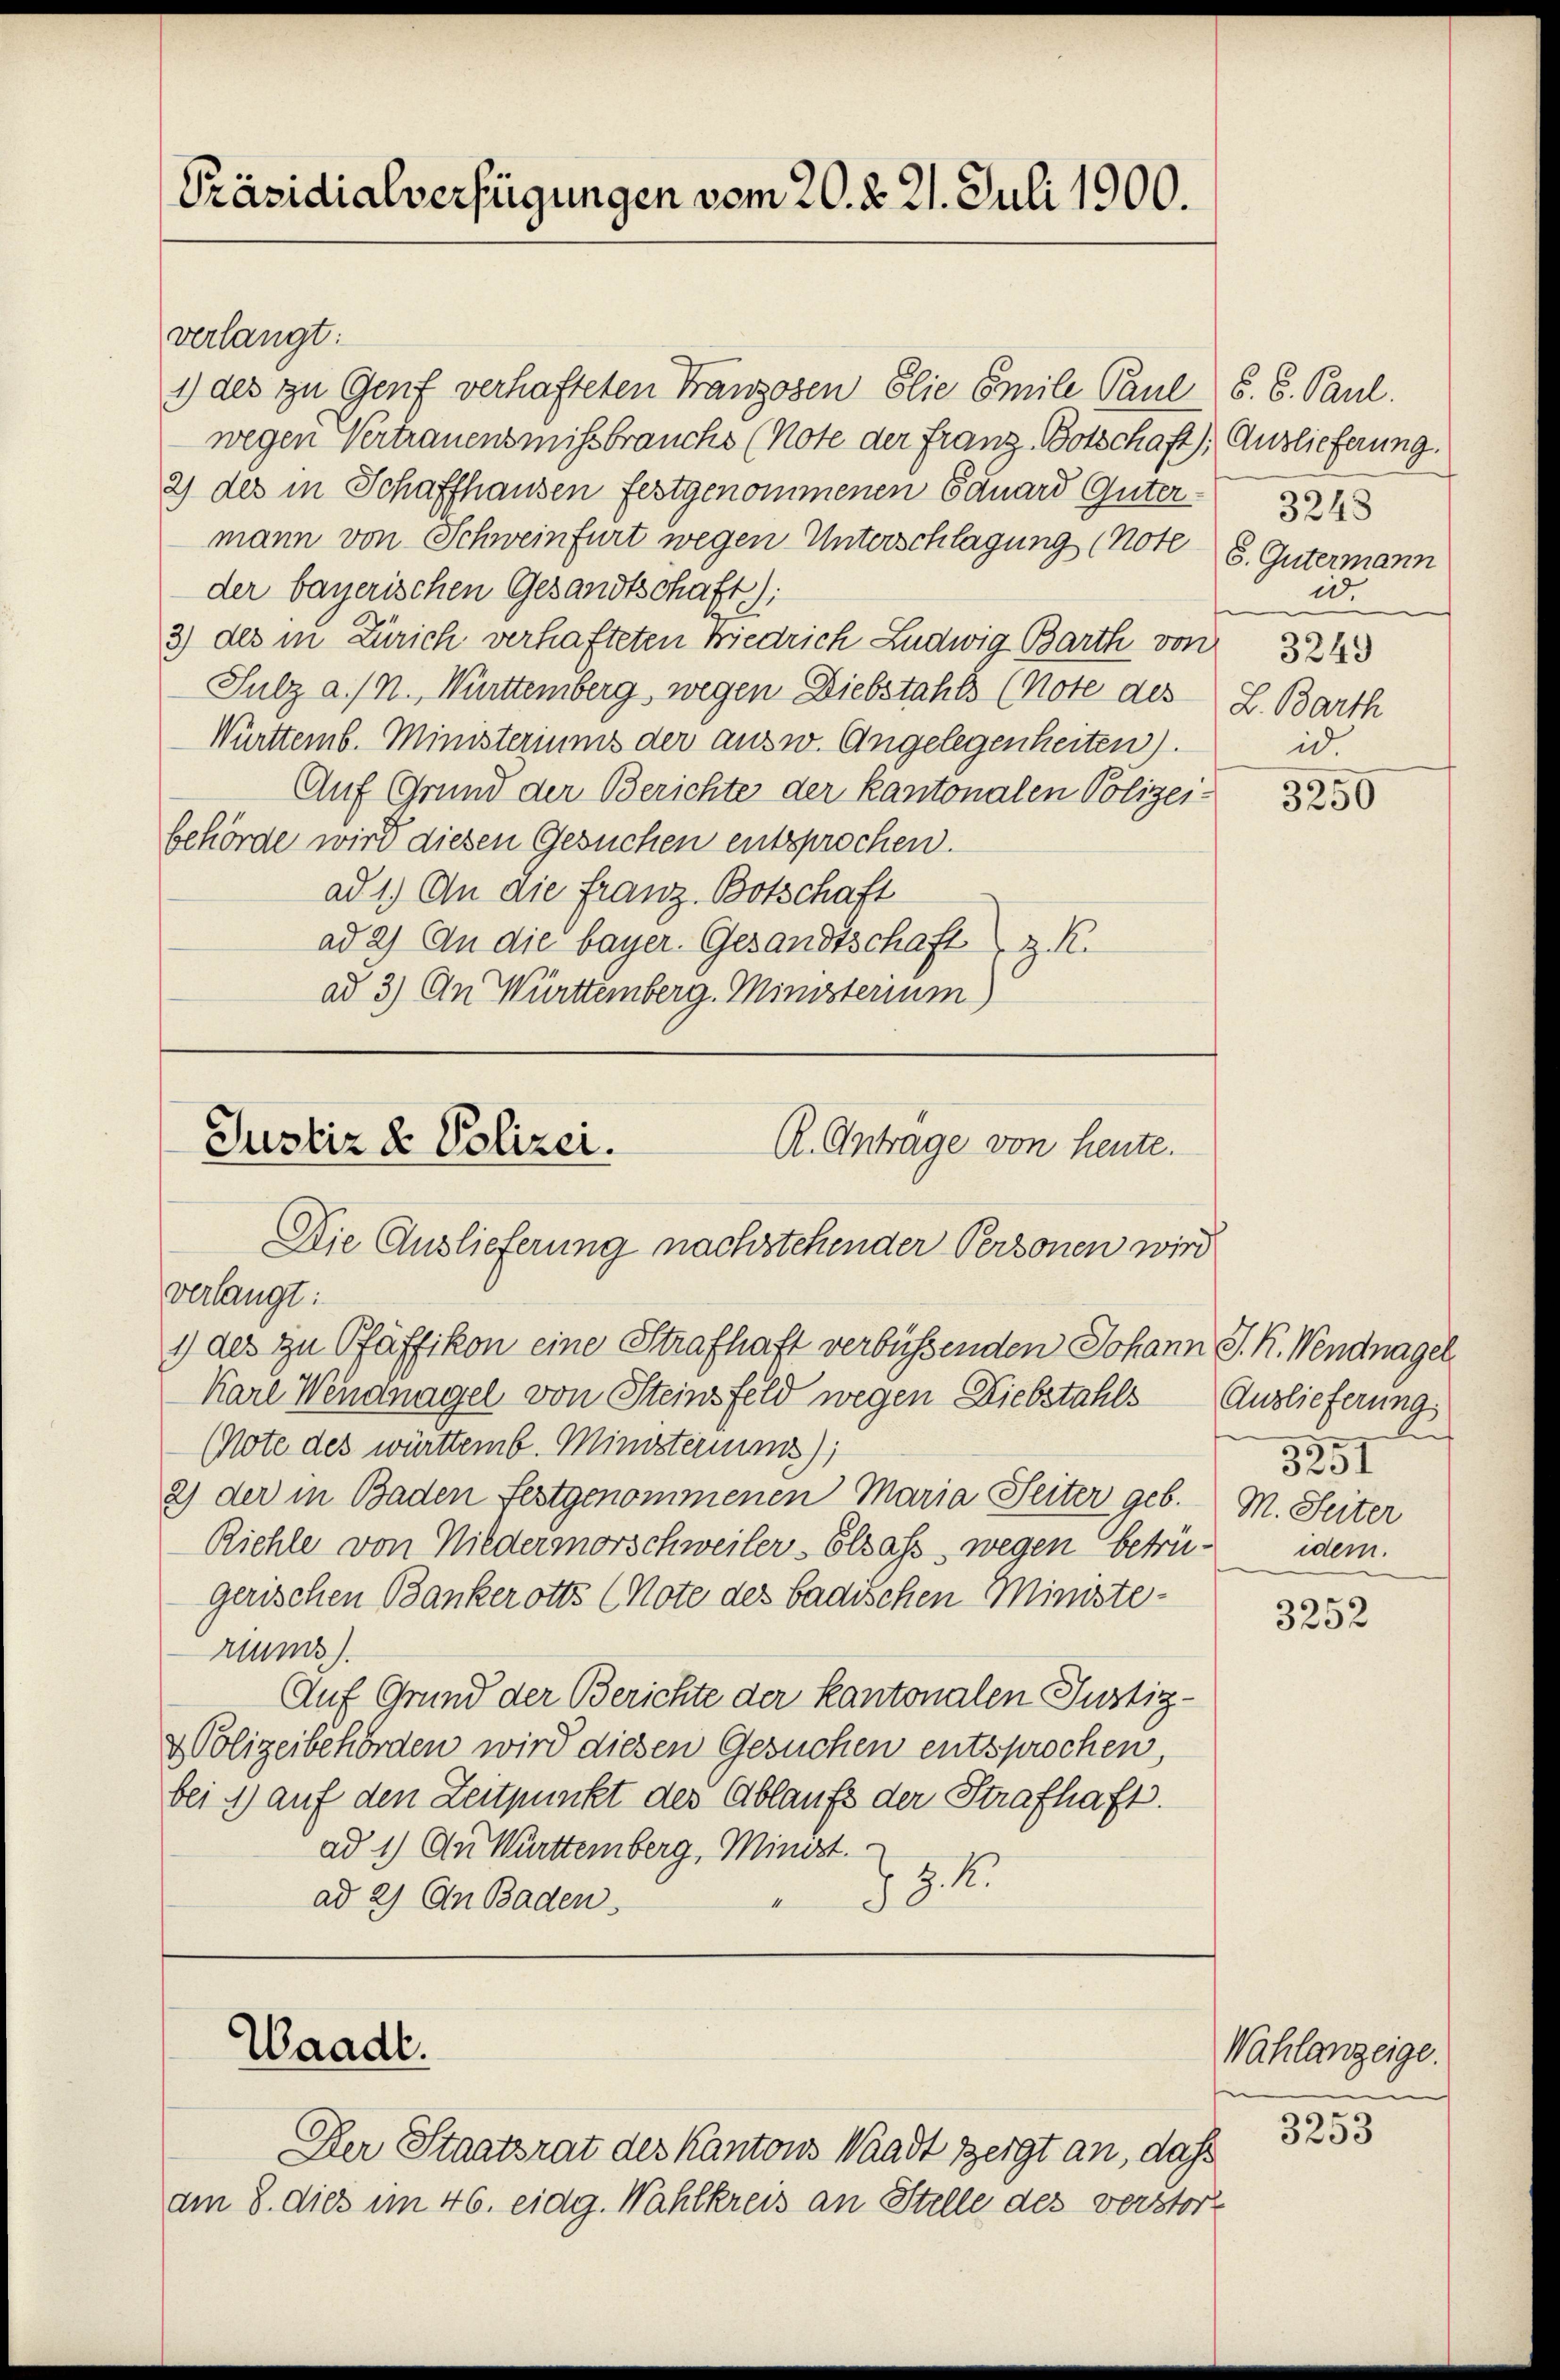
[Präsidialverfügungen vom 20. d. 21. Juli 1900.

Justiz & Polizei.
R. Antrage von heute.
Die Auslieferung nachstehender Personen wird
verlangt:
1) des zu Pfäffikon eine Strafhaft verbüßenden Johann J. K. Wendnagel¬

verlangt:
1) des zu Genf verhafteten Franzosen Elie Emile Paul S. 6. Paul.
wegen Vertrauensmissbrauchs (Note der Franz Botschaft); Auslieferung.
2) des in Schaffhausen festgenommenen Eduard Güter-
mann von Schweinfurt wegen Unterschlagung (Note
der bayerischen Gesandtschaft);
3) des in Zürich verhafteten Niedrich Ludwig Barth von 3243
Sulz a / M. Württemberg, wegen Diebstahls (Note des
Württemb. Ministeriums der ausw. Angelegenheiten).
Auf Grund der Berichte der Kantonalen Polizei-
behörde wird diesen Gesuchen entsprochen.
ad 1.) An die Franz Botschaft
ad 2) An die bayer. Gesandtschaft z. R.
ad 3) An Württemberg. Ministerium)

Karl Wengnagel von Steinsfeld wegen Diebstahls Auslieferung,
(Note des württemb. Ministeriums);
2) der in Baden Festgenommenen Maria Seiter geb. M. Seiter
Riehle von Niedermorschweiler- Elsass, wegen betrügerischen Bankerotts (Note des badischen Ministerium).
Auf Grund der Berichte der kantonalen Justiz-
& Polizeibehörden wird diesen Gesuchen entsprochen,
bei 1) auf den Zeitpunkt der Ablaufs der Strafhaft.
ad 1.) An Württemberg, Minist.
Z.K.
1
ad 2) An Baden
J

Waadt.

Der Staatsrat des Kantons Waadt zeigt an, daß
am 8. dies im 46. eidg. Wahlkreis an Stelle des verstort

3248
6. Gütermann
id.
L. Barth
id

3250

i
3251
idem.

3252

Wahlanzeige.
3253